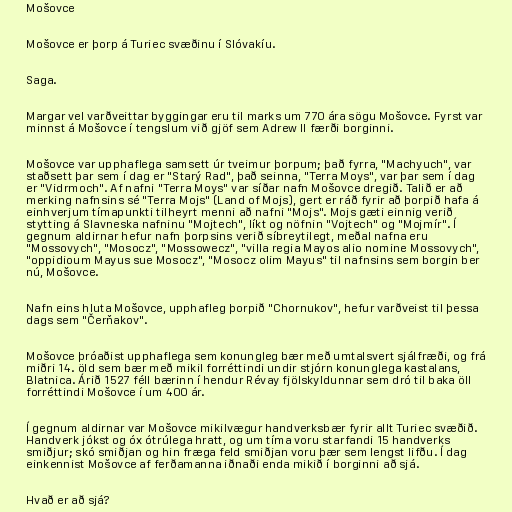
Mošovce

Mošovce er þorp á Turiec svæðinu í Slóvakíu.

Saga.

Margar vel varðveittar byggingar eru til marks um 770 ára sögu Mošovce. Fyrst var
minnst á Mošovce í tengslum við gjöf sem Adrew II færði borginni.

Mošovce var upphaflega samsett úr tveimur þorpum; það fyrra, "Machyuch", var
staðsett þar sem í dag er "Starý Rad", það seinna, "Terra Moys", var þar sem í dag
er "Vidrmoch". Af nafni "Terra Moys" var síðar nafn Mošovce dregið. Talið er að
merking nafnsins sé "Terra Mojs" (Land of Mojs), gert er ráð fyrir að þorpið hafa á
einhverjum tímapunkti tilheyrt menni að nafni "Mojs". Mojs gæti einnig verið
stytting á Slavneska nafninu "Mojtech", líkt og nöfnin "Vojtech" og "Mojmír". Í
gegnum aldirnar hefur nafn þorpsins verið síbreytilegt, meðal nafna eru
"Mossovych", "Mosocz", "Mossowecz", "villa regia Mayos alio nomine Mossovych",
"oppidioum Mayus sue Mosocz", "Mosocz olim Mayus" til nafnsins sem borgin ber
nú, Mošovce.

Nafn eins hluta Mošovce, upphafleg þorpið "Chornukov", hefur varðveist til þessa
dags sem "Čerňakov".

Mošovce þróaðist upphaflega sem konungleg bær með umtalsvert sjálfræði, og frá
miðri 14. öld sem bær með mikil forréttindi undir stjórn konunglega kastalans,
Blatnica. Árið 1527 féll bærinn í hendur Révay fjölskyldunnar sem dró til baka öll
forréttindi Mošovce í um 400 ár.

Í gegnum aldirnar var Mošovce mikilvægur handverksbær fyrir allt Turiec svæðið.
Handverk jókst og óx ótrúlega hratt, og um tíma voru starfandi 15 handverks
smiðjur; skó smiðjan og hin fræga feld smiðjan voru þær sem lengst lifðu. Í dag
einkennist Mošovce af ferðamanna iðnaði enda mikið í borginni að sjá.

Hvað er að sjá?